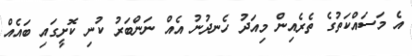
އެ މަސައްކަތުގެ ތެރެއިން މިއަދު ހެނދުނު އެއް ނަންބަރު ކުނި ކޮށީގައި ބައެއް